Source: Handwritten
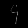
Digit: ၄ (4)